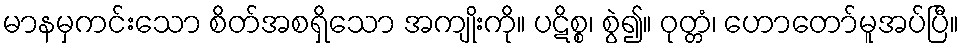
မာနမှကင်းသော စိတ်အစရှိသော အကျိုးကို။ ပဋိစ္စ၊ စွဲ၍။ ဝုတ္တံ၊ ဟောတော်မူအပ်ပြီ။